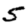
Digit: 5